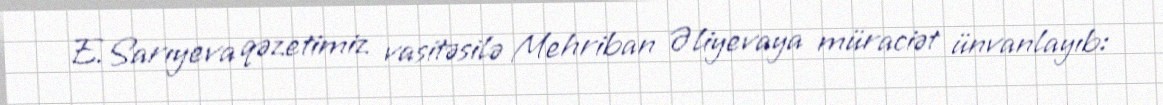
E.Sarıyeva qəzetimiz vasitəsilə Mehriban Əliyevaya müraciət ünvanlayıb: